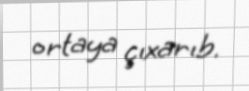
ortaya çıxarıb.